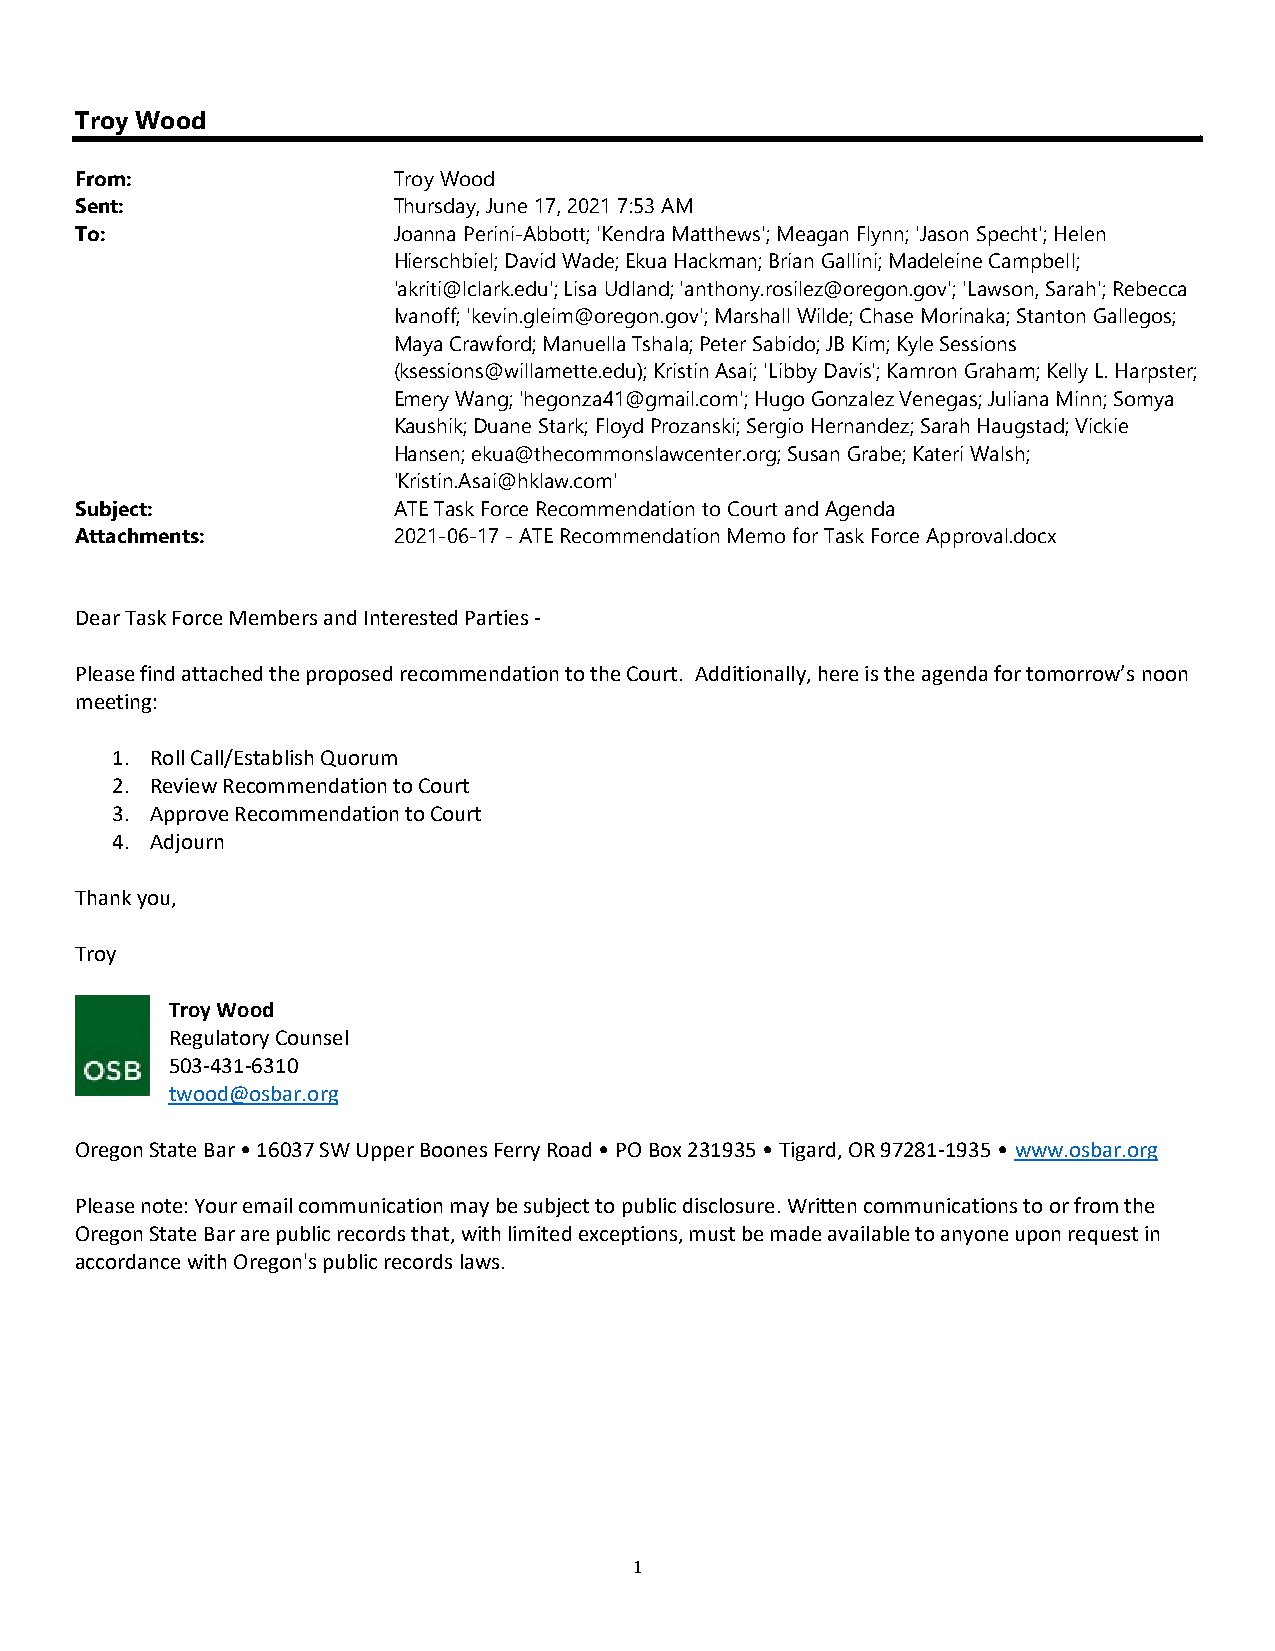
Troy Wood
 From:                Troy Wood
 Sent:                Thursday, June 17, 2021 7:53 AM
 To:                  Joanna Perini-Abbott; 'Kendra Matthews'; Meagan Flynn; 'Jason Specht'; Helen
 Hierschbiel; David Wade; Ekua Hackman; Brian Gallini; Madeleine Campbell;
 'akriti@lclark.edu'; Lisa Udland; 'anthony.rosilez@oregon.gov'; 'Lawson, Sarah'; Rebecca
 Ivanoff; 'kevin.gleim@oregon.gov'; Marshall Wilde; Chase Morinaka; Stanton Gallegos;
 Maya Crawford; Manuella Tshala; Peter Sabido; JB Kim; Kyle Sessions
 (ksessions@willamette.edu); Kristin Asai; 'Libby Davis'; Kamron Graham; Kelly L. Harpster;
 Emery Wang; 'hegonza41@gmail.com'; Hugo Gonzalez Venegas; Juliana Minn; Somya
 Kaushik; Duane Stark; Floyd Prozanski; Sergio Hernandez; Sarah Haugstad; Vickie
 Hansen; ekua@thecommonslawcenter.org; Susan Grabe; Kateri Walsh;
 'Kristin.Asai@hklaw.com'
 Subject:             ATE Task Force Recommendation to Court and Agenda
 Attachments:         2021-06-17 - ATE Recommendation Memo for Task Force Approval.docx
 Dear Task Force Members and Interested Parties -
 Please find attached the proposed recommendation to the Court. Additionally, here is the agenda for tomorrow’s noon
 meeting:
 1. Roll Call/Establish Quorum
 2. Review Recommendation to Court
 3. Approve Recommendation to Court
 4. Adjourn
 Thank you,
 Troy
 Troy Wood
 Regulatory Counsel
 503-431-6310
 twood@osbar.org
 Oregon State Bar • 16037 SW Upper Boones Ferry Road • PO Box 231935 • Tigard, OR 97281-1935 • www.osbar.org
 Please note: Your email communication may be subject to public disclosure. Written communications to or from the
 Oregon State Bar are public records that, with limited exceptions, must be made available to anyone upon request in
 accordance with Oregon's public records laws.
 1